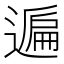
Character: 𨖠